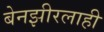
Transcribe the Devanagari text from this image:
बेनझीरलाही